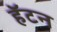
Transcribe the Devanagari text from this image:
हॅटन